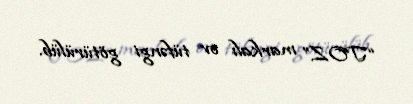
“TOZ” markalı ov tüfəngi götürülüb.